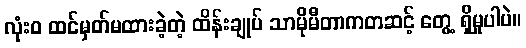
လုံးဝ ထင်မှတ်မထားခဲ့တဲ့ ထိန်းချုပ် သာမိုမီတာကတဆင့် တွေ့ ရှိမှုပါပဲ။